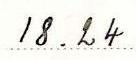
18.24